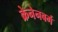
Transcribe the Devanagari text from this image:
क्रेनेनबर्ग